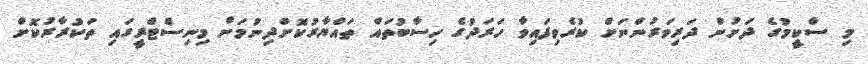
މި ސްކީމުގެ ދަށުން ދަރިވަރުންނަށް ކުރެވިފައިވާ ހަރަދުގެ ހިސާބުތައް ތައްޔާރުކޮށްދިނުމަށް މިނިސްޓްރީގައި ތަކުރާރުކޮށް